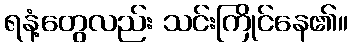
ရနံ့တွေလည်း သင်းကြိုင်နေ၏။